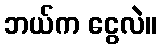
ဘယ်က ငွေလဲ။